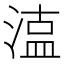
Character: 𭱦